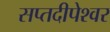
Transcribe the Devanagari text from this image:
सप्तदीपेश्वर